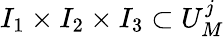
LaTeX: I_{1}\times I_{2}\times I_{3}\subset U_{M}^{j}